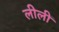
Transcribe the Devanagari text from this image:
लीलीं